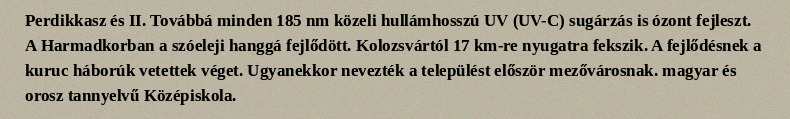
Perdikkasz és II. Továbbá minden 185 nm közeli hullámhosszú UV (UV-C) sugárzás is ózont fejleszt. A Harmadkorban a szóeleji hanggá fejlődött. Kolozsvártól 17 km-re nyugatra fekszik. A fejlődésnek a kuruc háborúk vetettek véget. Ugyanekkor nevezték a települést először mezővárosnak. magyar és orosz tannyelvű Középiskola.